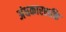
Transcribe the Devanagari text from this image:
अंधकारशक्ति